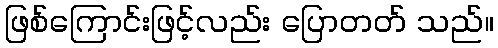
ဖြစ်ကြောင်းဖြင့်လည်း ပြောတတ် သည်။